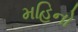
મહિનો